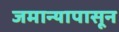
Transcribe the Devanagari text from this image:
जमान्यापासून